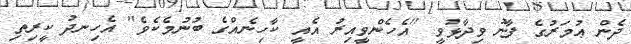
ދެން ޢުމަރުގެ ފާނު ވިދާޅުވީ ''އެހެންވީއިރު އެއީ ކާހިނެއްގެ ބުނުމެކެވެ'' އެހިނދު ކީރިތި